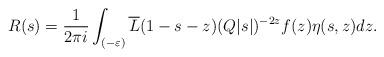
LaTeX: \begin{align*} R(s)=\frac{1}{2\pi i}\int_{(-\varepsilon)}\overline L(1-s-z)(Q|s|)^{-2z}f(z)\eta(s,z)dz.\end{align*}